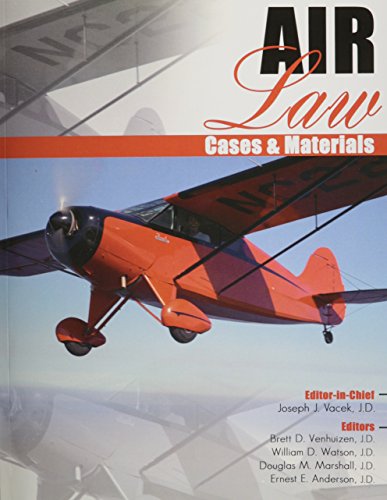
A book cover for Air Law Cases AND Materials; Vacek et al; Law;